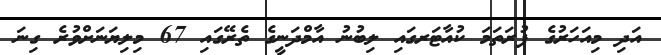
އަދި މިއަހަރުގެ ފުރަތަމަ ކުއާޓަރގައި ލިބުނު އާމްދަނީގެ ތެރޭގައި 67 މިލިޔަނަށްވުރެ ގިނަ